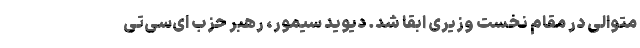
متوالی در مقام نخست وزیری ابقا شد. دیوید سیمور، رهبر حزب ای‌سی‌تی